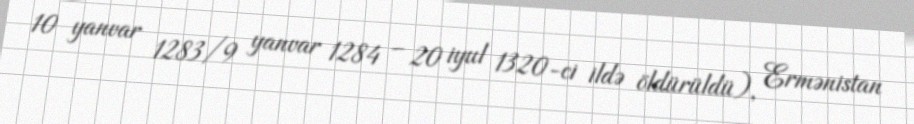
10 yanvar 1283/9 yanvar 1284 – 20 iyul 1320-ci ildə öldürüldü), Ermənistan